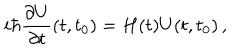
LaTeX: i \hbar \frac { \partial U } { \partial t } ( t , t _ { 0 } ) = H ( t ) U ( t , t _ { 0 } ) \, ,